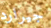
جيرارد